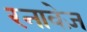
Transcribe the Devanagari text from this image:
रनावेज़